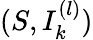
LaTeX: (S,I_{k}^{(l)})